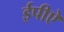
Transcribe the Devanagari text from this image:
ईपीऐ